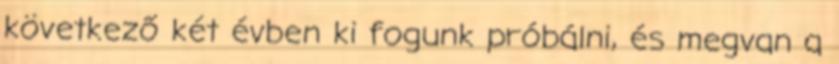
következő két évben ki fogunk próbálni, és megvan a